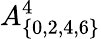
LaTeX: A_{\{ 0,2,4,6\} }^{4}